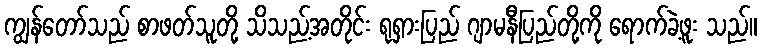
ကျွန်တော်သည် စာဖတ်သူတို့ သိသည့်အတိုင်း ရုရှားပြည် ဂျာမနီပြည်တို့ကို ရောက်ခဲ့ဖူး သည်။